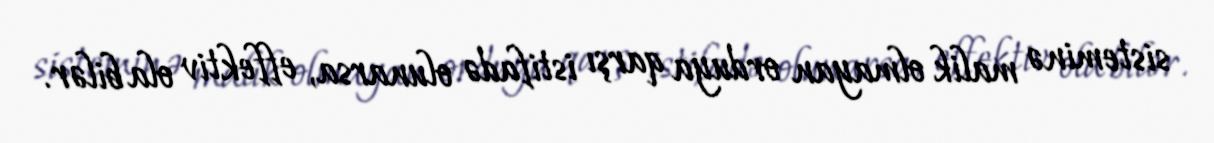
sisteminə malik olmayan orduya qarşı istifadə olunarsa, effektiv ola bilər.